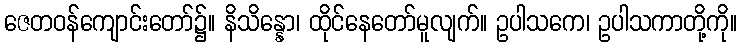
ဇေတဝန်ကျောင်းတော်၌။ နိသိန္နော၊ ထိုင်နေတော်မူလျက်။ ဥပါသကေ၊ ဥပါသကာတို့ကို။